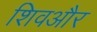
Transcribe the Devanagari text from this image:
शिवऔर